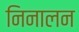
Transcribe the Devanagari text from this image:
निनालन